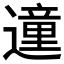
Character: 𲅿